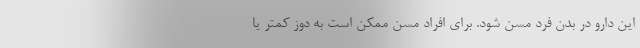
این دارو در بدن فرد مسن شود. برای افراد مسن ممکن است به دوز کمتر یا